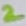
Text: 2